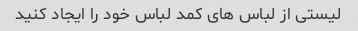
لیستی از لباس های کمد لباس خود را ایجاد کنید